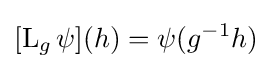
[\operatorname {L} _{g}\psi ](h)=\psi (g^{-1}h)